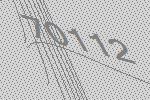
70112